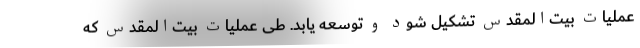
عملیات بیت‌المقدس تشکیل شود و توسعه یابد. طی عملیات بیت‌المقدس که